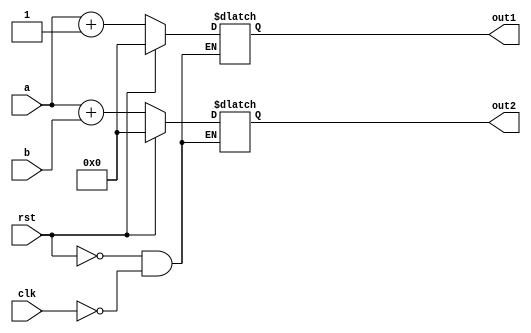
`timescale 1ns / 1ps
//////////////////////////////////////////////////////////////////////////////////
// Company: 
// Engineer: 
// 
// Design Name: 
// Module Name: Adder1
// Project Name: 
// Target Devices: 
// Tool Versions: 
// Description: 
// 
// Dependencies: 
// 
// Revision:
// Revision 0.01 - File Created
// Additional Comments:
// 
//////////////////////////////////////////////////////////////////////////////////
module Adders(
    input rst, clk,
    input [15:0] a, b,
    output reg [15:0] out1, out2    
);
always @ (*)
    begin
        if(rst) begin
            out1 <= 16'h0000;
            out2 <= 16'h0000;
        end
        else if (clk)
            begin
                out1 <= a + 1'b1;
                out2 <= a + b;
            end
    end
endmodule